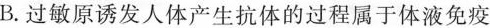
B.过敏原诱发人体产生抗体的过程属于体液免疫